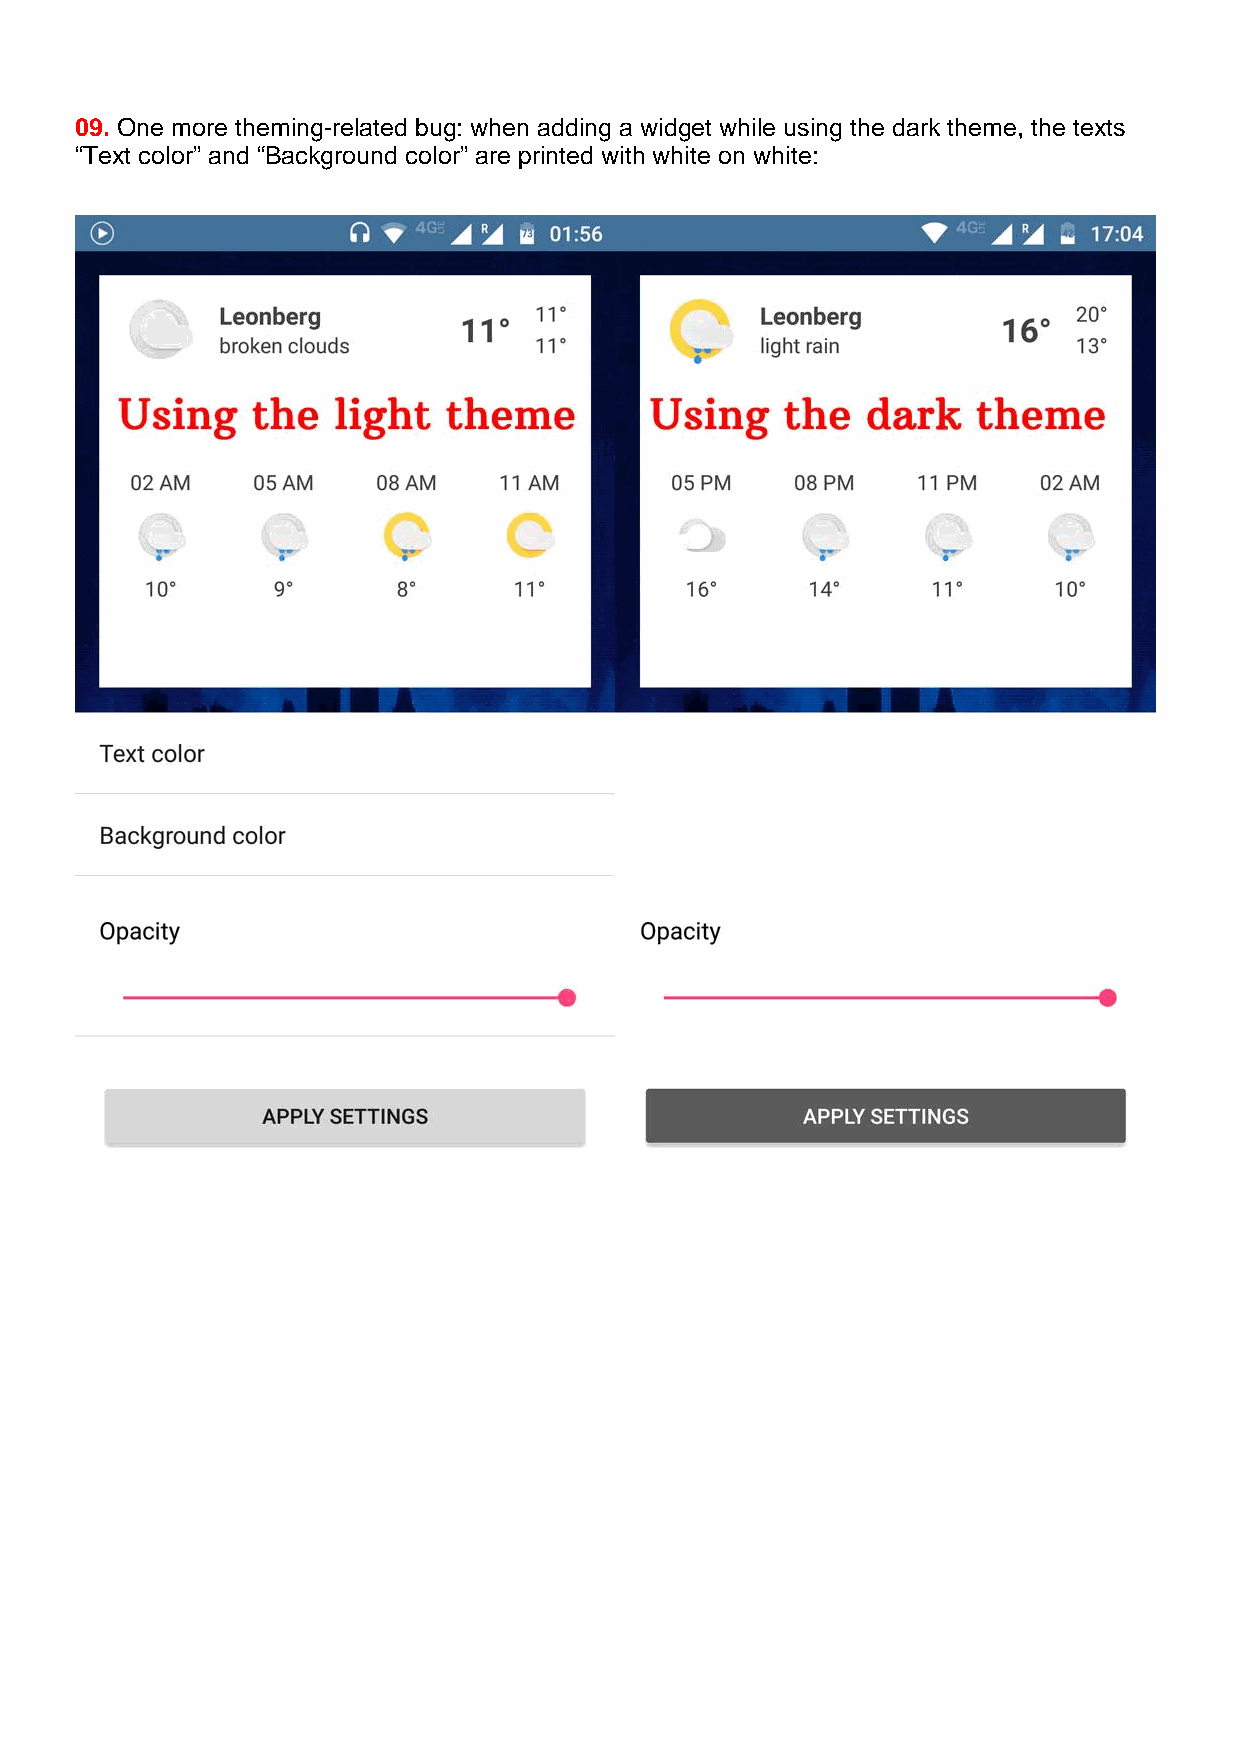
09. One more theming-related bug: when adding a widget while using the dark theme, the texts
 “Text color” and “Background color” are printed with white on white: